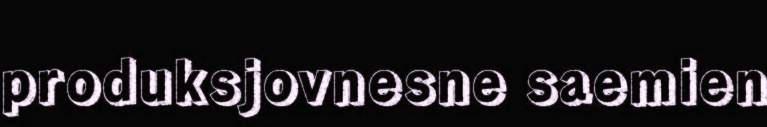
produksjovnesne saemien